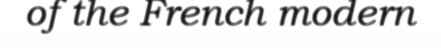
of the French modern